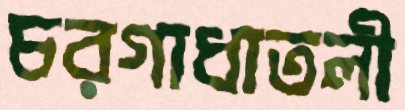
চরগাধাতলী